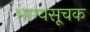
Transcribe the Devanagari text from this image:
भाग्यसूचक